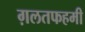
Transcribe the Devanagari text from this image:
ग़लतफहमी